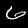
Digit: 6